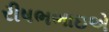
રીષભભાઇએ